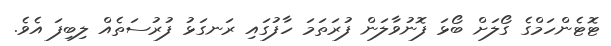
ޓޮޓެންހަމްގެ ގޯލަށް ބޯޅަ ފޮނުވާލަން ފުރަތަމަ ހާފުގައި ރަނގަޅު ފުރުސަތެއް ލިބިފަ އެވެ.